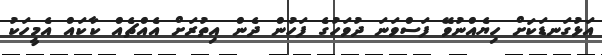
އަޅުގަނޑަކަށް ހިޔެއްނުވޭ ފަސްވަނަ ދުވަހުގެ ފަހުން ދެން އިތުރަށް އެއްޗެއް ކާކައް އެމީހަކު